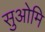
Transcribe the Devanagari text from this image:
सुओमि